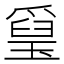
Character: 𤨐